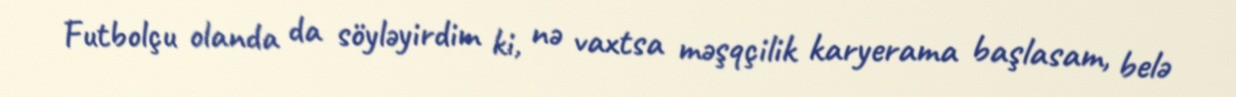
Futbolçu olanda da söyləyirdim ki, nə vaxtsa məşqçilik karyerama başlasam, belə